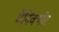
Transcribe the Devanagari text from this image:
मैनिक्‍योर